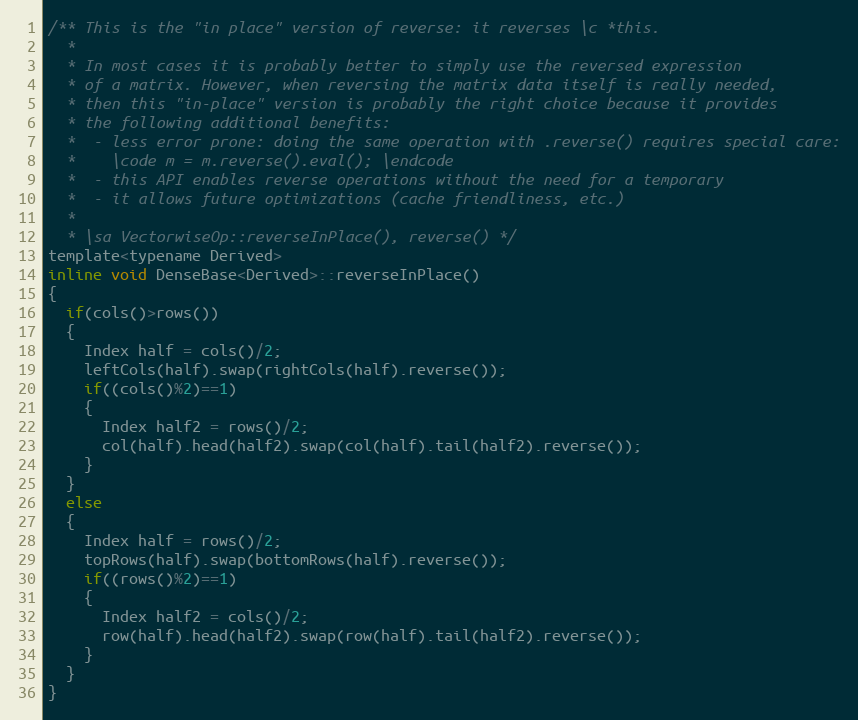
Language: C
/** This is the "in place" version of reverse: it reverses \c *this.
  *
  * In most cases it is probably better to simply use the reversed expression
  * of a matrix. However, when reversing the matrix data itself is really needed,
  * then this "in-place" version is probably the right choice because it provides
  * the following additional benefits:
  *  - less error prone: doing the same operation with .reverse() requires special care:
  *    \code m = m.reverse().eval(); \endcode
  *  - this API enables reverse operations without the need for a temporary
  *  - it allows future optimizations (cache friendliness, etc.)
  *
  * \sa VectorwiseOp::reverseInPlace(), reverse() */
template<typename Derived>
inline void DenseBase<Derived>::reverseInPlace()
{
  if(cols()>rows())
  {
    Index half = cols()/2;
    leftCols(half).swap(rightCols(half).reverse());
    if((cols()%2)==1)
    {
      Index half2 = rows()/2;
      col(half).head(half2).swap(col(half).tail(half2).reverse());
    }
  }
  else
  {
    Index half = rows()/2;
    topRows(half).swap(bottomRows(half).reverse());
    if((rows()%2)==1)
    {
      Index half2 = cols()/2;
      row(half).head(half2).swap(row(half).tail(half2).reverse());
    }
  }
}